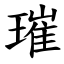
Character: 璀